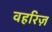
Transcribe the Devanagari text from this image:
वहरिज़